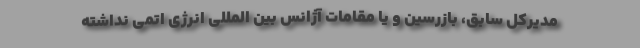
مدیرکل سابق، بازرسین و یا مقامات آژانس بین المللی انرژی اتمی نداشته